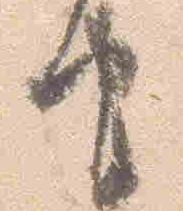
由